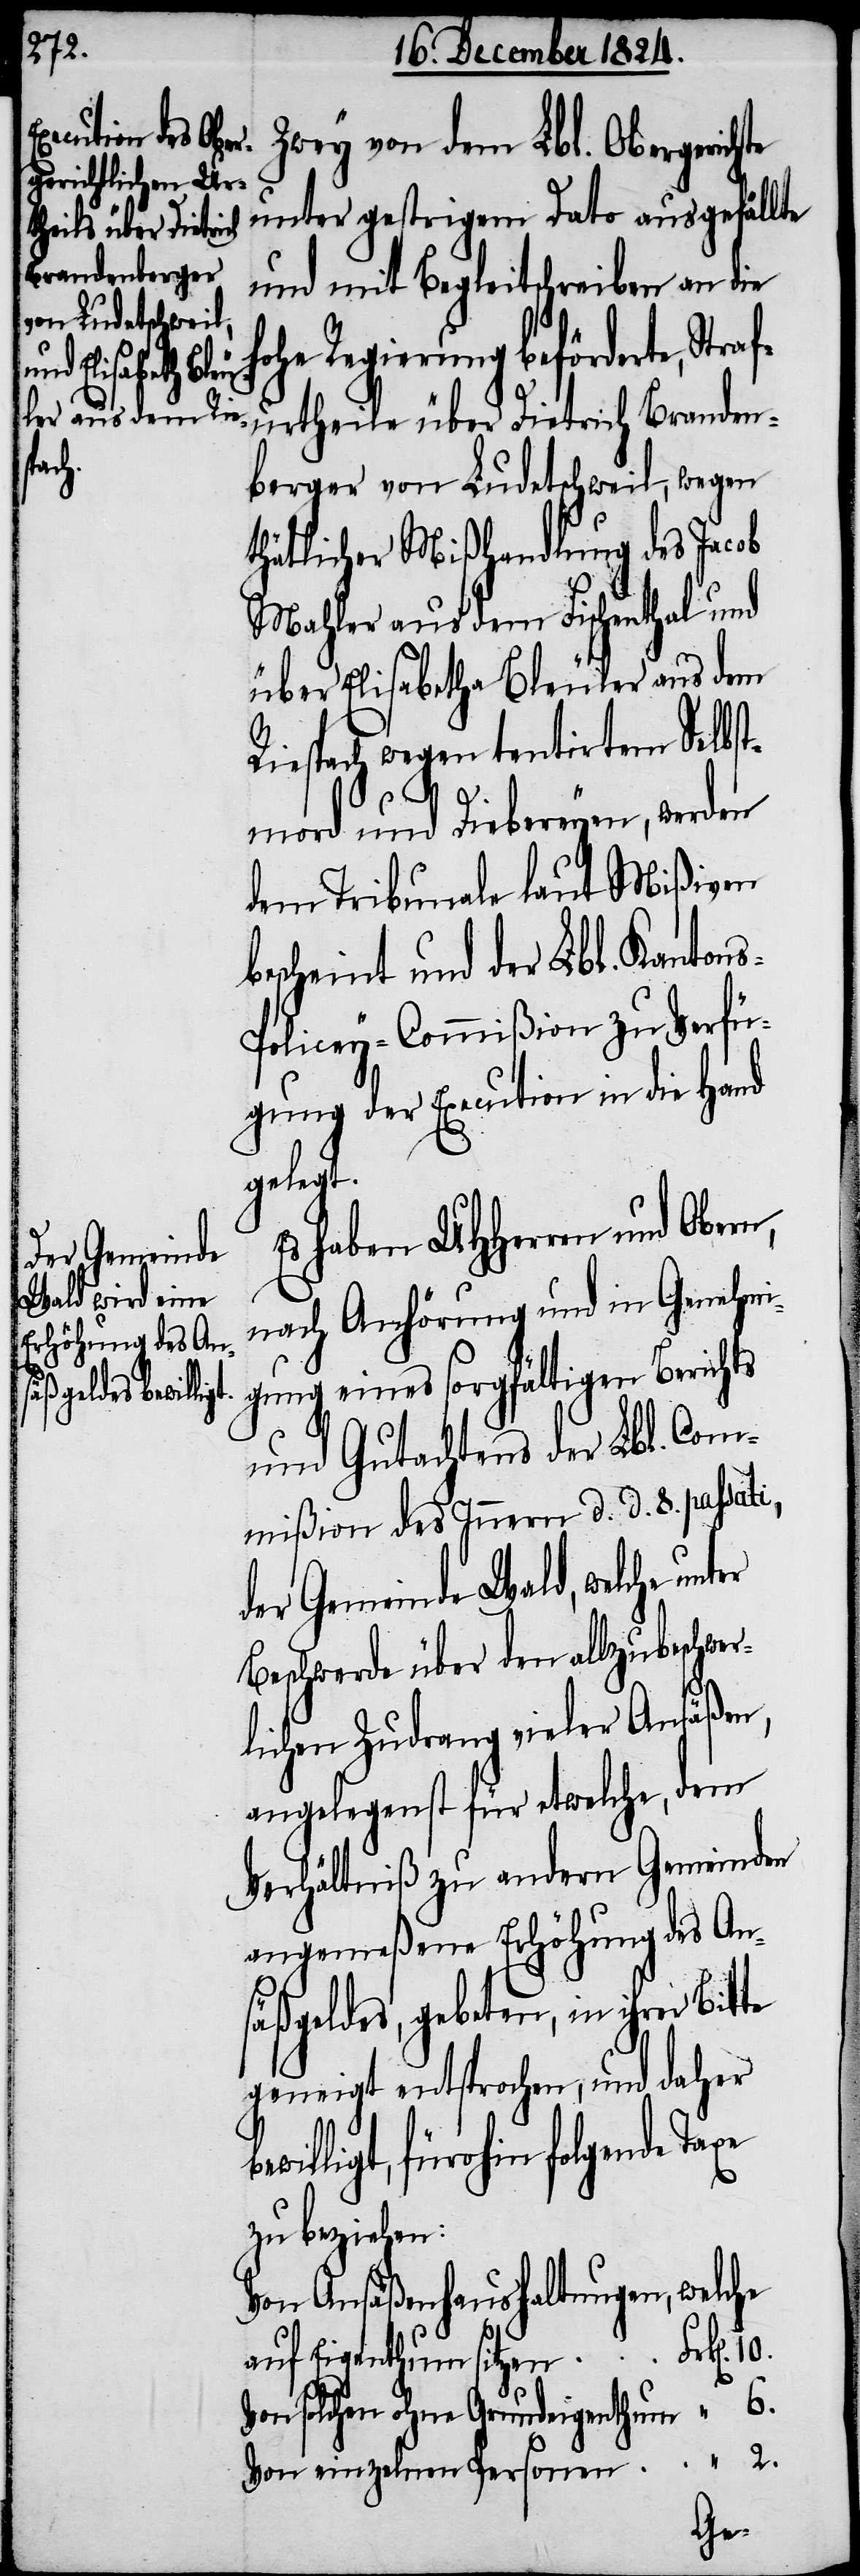
raf¬

Zwey von dem Lbl. Obergerichte
unter gestrigem Dato ausgefällte
und mit Begleitschreiben an die
e Regierung beförderte, St¬
urtheile über Dietrich Branden¬
berger von Ludetschweil, wegen
thätlicher Mißhandlung des Jacob
Mahler aus dem Fischenthal und
über Elisabetha Bleuler aus dem
Riespach wegen tentirtem Selbst¬
mord und Diebereyen, werden
dem Tribunale laut Mißiven
bescheint und der Lbl. Kanton¬
s-Policey-Commißion zu Verfü¬
gung der Execution in die Hand
gelegt.
Es haben UHHerren und Obern,
nach Anhörung und in Genehmi¬
gung eines sorgfältigen Berichts
und Gutachtens der Lbl. Com¬
mißion des Innern d. d. 8. passati,
der Gemeinde Wald, welche
Beschwerde über den allzubeschwer¬
lichen Zudrang vieler Ansäßen,
angelegenst für etwelche, dem
Verhältniß zu andern Gemeinden
angemeßene Erhöhung des Ans¬
äßgeldes, gebeten, in ihrer Bitte
geneigt entsprochen, und daher
willigt, fürohin folgende
zu beziehen:
Von Anäßenhaushaltungen, welche
rk[en].
auf Eigenthum sitzen		F¬
Von solchen ohne Grundeigenthum
“ 2.
be¬